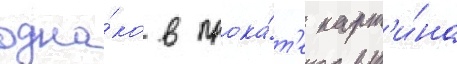
одна́ко в прока́т'е карт'и́на